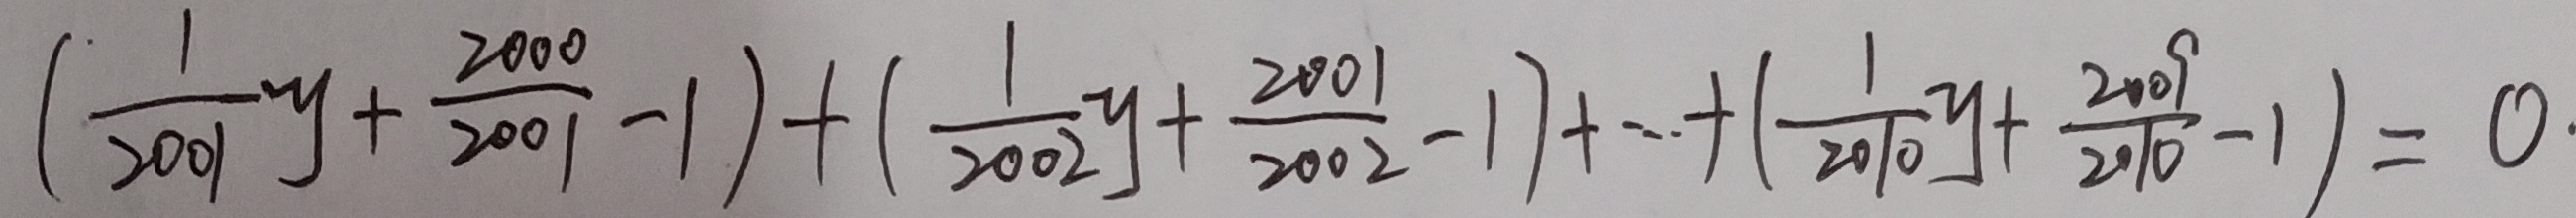
( \frac { 1 } { 2 0 0 1 } y + \frac { 2 0 0 0 } { 2 0 0 1 } - 1 ) + ( \frac { 1 } { 2 0 0 2 } y + \frac { 2 0 0 1 } { 2 0 0 2 } - 1 ) + \cdots + ( \frac { 1 } { 2 0 1 0 } y + \frac { 2 0 0 9 } { 2 0 1 0 } - 1 ) = 0